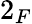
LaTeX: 2_{F}